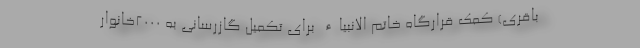
باقری) کمک قرارگاه خاتم الانبیاء برای تکمیل گازرسانی به ۲۰۰۰خانوار